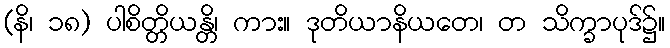
(နိ၊ ၁၈) ပါစိတ္တိယန္တိ၊ ကား။ ဒုတိယာနိယတေ၊ တ သိက္ခာပုဒ်၌။